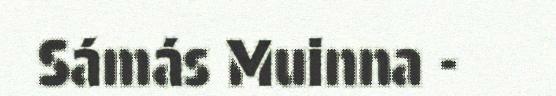
Sámás Muinna -